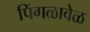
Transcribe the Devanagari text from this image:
पिंगळावेळ